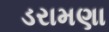
ડરામણા